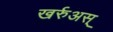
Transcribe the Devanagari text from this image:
खर्रुअस्